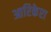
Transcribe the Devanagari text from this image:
आरिकेरा